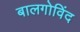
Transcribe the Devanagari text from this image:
बालगोविंद